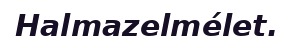
Halmazelmélet.